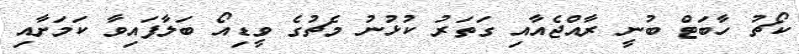
ކޯޗު ހާބަޓް ބުނީ ރާއްޖެއާއި ގަތަރު ކުޅުނު މެޗުގެ ވީޑިއޯ ބަލާފައިވާ ކަމަށާއި